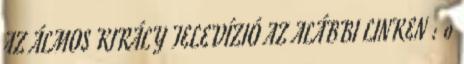
AZ ÁLMOS KIRÁLY TELEVÍZIÓ AZ ALÁBBI LINKEN : 0